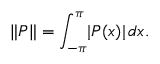
\| P \| = \int _ { - \pi } ^ { \pi } \! | P ( x ) | \, d x .